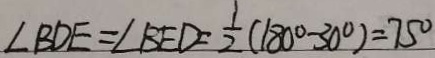
\angle B D E = \angle B E D = \frac { 1 } { 2 } ( 1 8 0 ^ { \circ } - 3 0 ^ { \circ } ) = 7 5 ^ { \circ }